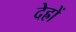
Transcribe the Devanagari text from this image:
देह्रों